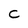
Character: C